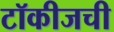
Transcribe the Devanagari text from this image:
टॉकीजची